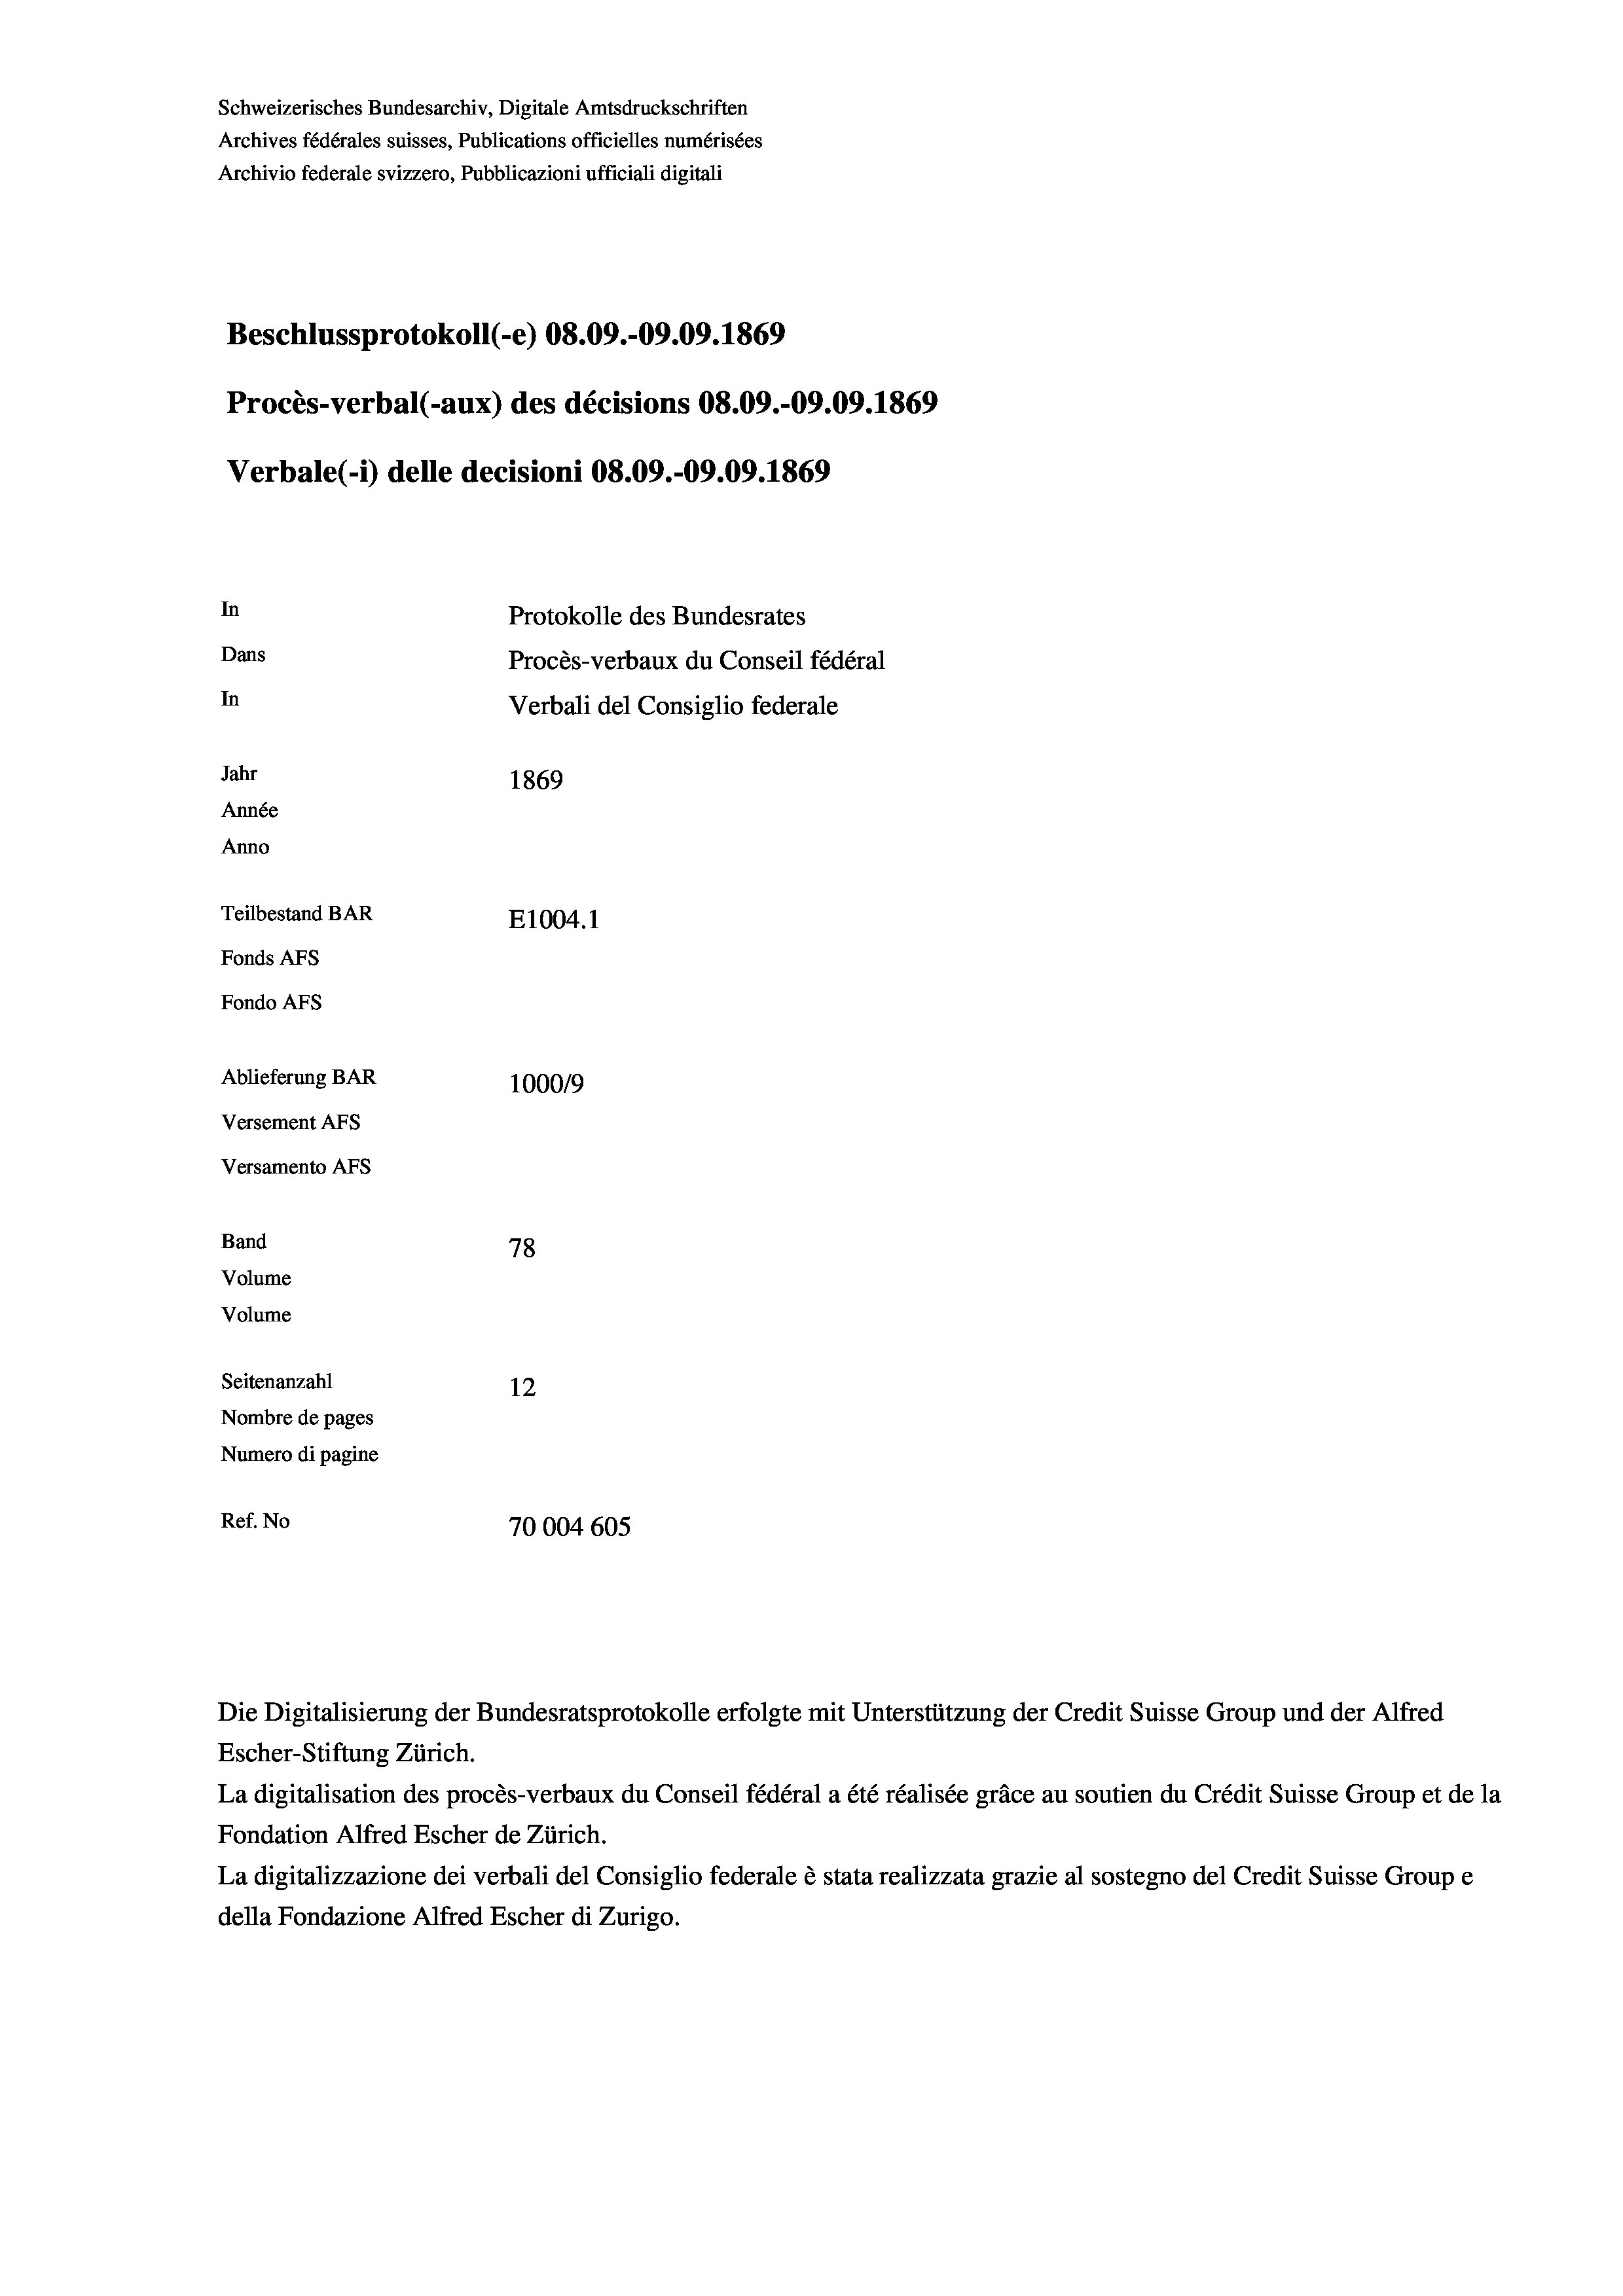
Schweizerisches Bundesarchiv, Digitale Amtsdruckschriften
Archives fédérales suisses, Publications officielles numérisées
Archivio federale svizzero, Pubblicazioni ufficiali digitali
Beschlussprotokoll (-e) 08.09.-09.09. 1869
Procès-verbal (-aux) des décisions 08.09.-09.09. 1869
Verbale (i) delle decisioni 08.09.-09.09. 1869
In
Protokolle des Bundesrates
Dans
Procès-verbaux du Conseil fédéral
In
Verbali del Consiglio federale
Jahr
1869
Année
Anno
Teilbestand BAR
E1004. 1
Fonds AFs
Fondo Afs
Ablieferung BAR
100019
Versement AFs
Versamento Afs

Band

78
Volume
Volume
Seitenanzahl
12
Nombre de pages
Numero di pagine
Ref. No
70004 605

Die Digitalisierung der Bundesratsprotokolle erfolgte mit Unterstützung der Credit Suisse Group und der Alfred
Escher-Stiftung Zürich.
La digitalisation des procès-verbaux du Conseil fédéral a été réalisée gräce au soutien du Crédit Suisse Group et de la
Fondation Alfred Escher de Zürich.
La digitalizzazione dei verbali del Consiglio federale è stata realizzata grazie al sostegno del Credit Suisse Groupe
della Fondazione Alfred Escher di Zurigo.